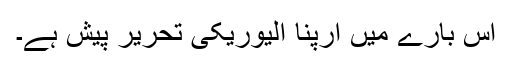
اس بارے میں ارپنا الیوریکی تحریر پیش ہے۔